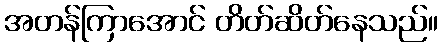
အတန်ကြာအောင် တိတ်ဆိတ်နေသည်။